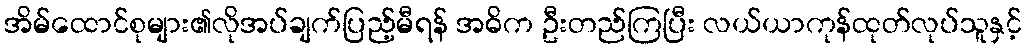
အိမ်ထောင်စုများ၏လိုအပ်ချက်ပြည့်မီရန် အဓိက ဦးတည်ကြပြီး လယ်ယာကုန်ထုတ်လုပ်သူနှင့်